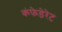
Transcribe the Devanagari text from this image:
कंफेडेरेट